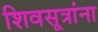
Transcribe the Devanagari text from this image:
शिवसूत्रांना